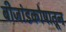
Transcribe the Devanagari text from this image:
बीजांडकोषातून